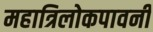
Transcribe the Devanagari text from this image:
महात्रिलोकपावनी